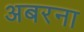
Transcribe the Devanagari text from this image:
अबरना